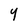
Character: Y